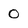
Character: 0